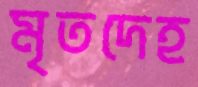
মৃতদেহ